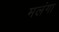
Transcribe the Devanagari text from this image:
मलंगा